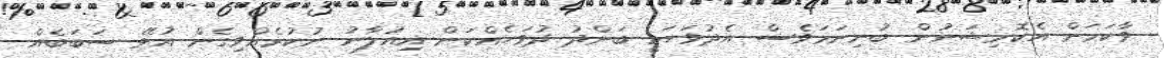
ވާކަމަށް އެކޮމިޝަނުން ބުނިނަމަވެސް އެދުވަހަކީ ބަންދު ދުވަހެއްކަން އިއުލާނު ނުކުރެއްވިގެން އުޅޭ ސަބަބެއް